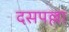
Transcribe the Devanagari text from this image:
दसपल्ला